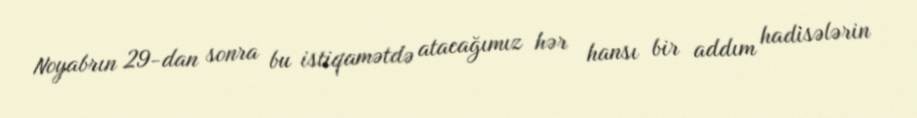
Noyabrın 29-dan sonra bu istiqamətdə atacağımız hər hansı bir addım hadisələrin